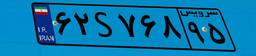
۶۲S۷۶۸۹۵